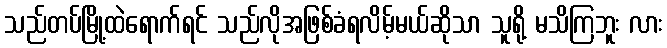
သည်တပ်မြို့ထဲရောက်ရင် သည်လိုအဖြစ်ခံရလိမ့်မယ်ဆိုသာ သူရို့ မသိကြဘူး လား